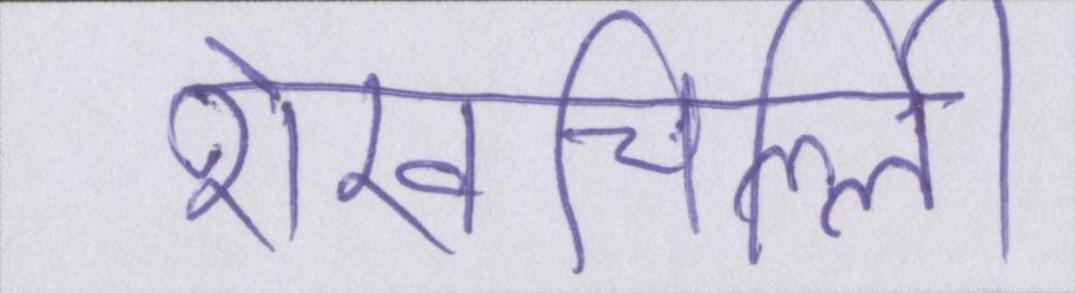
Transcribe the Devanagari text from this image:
शेखचिल्ली